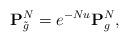
LaTeX: \begin{align*}\mathbf{P}_{\tilde{g}}^{N}=e^{-Nu}\mathbf{P}_{g}^{N},\end{align*}